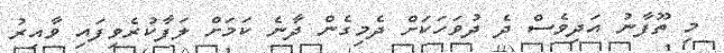
މި ތޫފާނު އަދިވެސް ދެ ދުވަހަކަށް ދެމިގެން ދާނެ ކަމަށް ލަފާކުރެވިފައި ވާއިރު